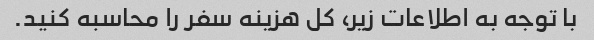
با توجه به اطلاعات زیر، کل هزینه سفر را محاسبه کنید.